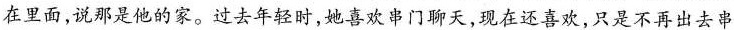
在里面，说那是他的家。过去年轻时，她喜欢串门聊天，现在还喜欢，只是不再出去串